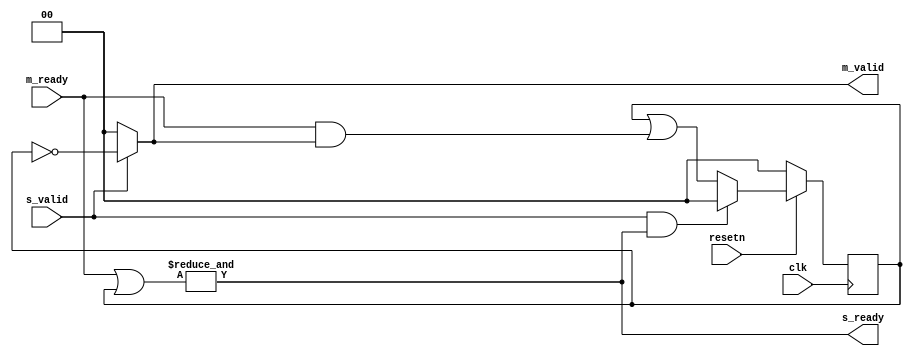
// ***************************************************************************
// ***************************************************************************
// Copyright (C) 2014-2023 Analog Devices, Inc. All rights reserved.
//
// In this HDL repository, there are many different and unique modules, consisting
// of various HDL (Verilog or VHDL) components. The individual modules are
// developed independently, and may be accompanied by separate and unique license
// terms.
//
// The user should read each of these license terms, and understand the
// freedoms and responsibilities that he or she has by using this source/core.
//
// This core is distributed in the hope that it will be useful, but WITHOUT ANY
// WARRANTY; without even the implied warranty of MERCHANTABILITY or FITNESS FOR
// A PARTICULAR PURPOSE.
//
// Redistribution and use of source or resulting binaries, with or without modification
// of this file, are permitted under one of the following two license terms:
//
//   1. The GNU General Public License version 2 as published by the
//      Free Software Foundation, which can be found in the top level directory
//      of this repository (LICENSE_GPL2), and also online at:
//      <https://www.gnu.org/licenses/old-licenses/gpl-2.0.html>
//
// OR
//
//   2. An ADI specific BSD license, which can be found in the top level directory
//      of this repository (LICENSE_ADIBSD), and also on-line at:
//      https://github.com/analogdevicesinc/hdl/blob/master/LICENSE_ADIBSD
//      This will allow to generate bit files and not release the source code,
//      as long as it attaches to an ADI device.
//
// ***************************************************************************
// ***************************************************************************

`timescale 1ns/100ps

module splitter #(

  parameter NUM_M = 2
) (
  input clk,
  input resetn,

  input s_valid,
  output s_ready,

  output [NUM_M-1:0] m_valid,
  input [NUM_M-1:0] m_ready
);

  reg [NUM_M-1:0] acked;

  assign s_ready = &(m_ready | acked);
  assign m_valid = s_valid ? ~acked : {NUM_M{1'b0}};

  always @(posedge clk) begin
    if (resetn == 1'b0) begin
      acked <= {NUM_M{1'b0}};
    end else begin
      if (s_valid & s_ready)
        acked <= {NUM_M{1'b0}};
      else
        acked <= acked | (m_ready & m_valid);
    end
  end

endmodule